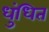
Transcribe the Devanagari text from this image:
धुंधित